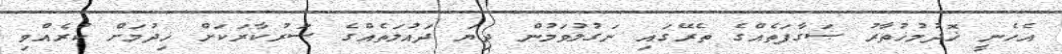
އެހެނީ ޚޮދުމުޚުތާރު ޞަގާފަތެއްގެ ތެރޭގައި ނަގުލުވަމުން ދިޔަ ދައުލަތެއްގެ ސަރުކާރަކަށް ޚިދުމަށް ކުރެއްވި